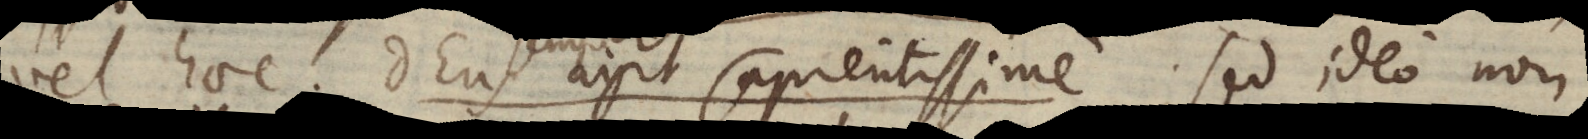
vel haec: Deus agit sapientissime; sed ideo non